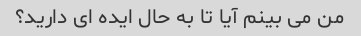
من می بینم آیا تا به حال ایده ای دارید؟